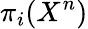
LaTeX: \pi_{i}(X^{n})